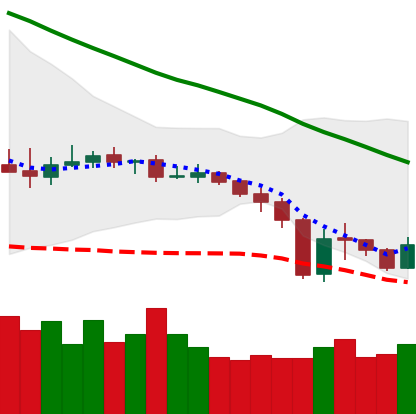
Ticker: XMR-USD
Chart end date: 2019-12-22
Forward return: -4.449%
Label: down_3_5